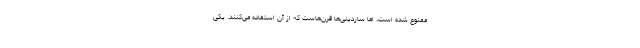
ممنوع شده است، اما ساردینی‌ها قرن‌هاست که از آن استفاده می‌کنند. یکی